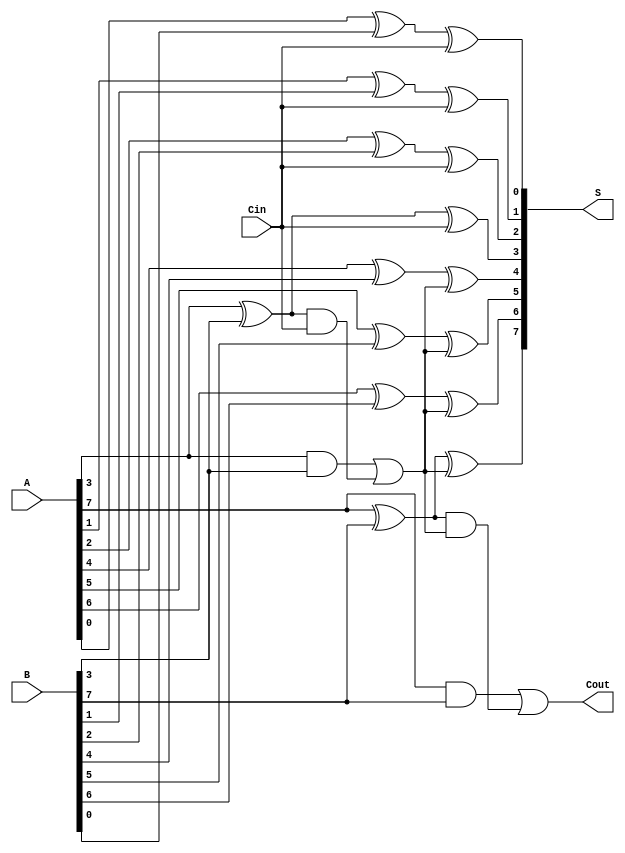
module Han_Carlson_Adder #(parameter N = 8) (
    input  [N-1:0] A,       // First n-bit input
    input  [N-1:0] B,       // Second n-bit input
    input         Cin,       // Carry input
    output [N-1:0] S,       // Sum output
    output        Cout       // Carry output
);

    // Intermediate signals for carry generation
    wire [N/4:0] G; // Generate signals
    wire [N/4:0] P; // Propagate signals
    wire [N/4:0] C; // Carry signals

    // Generate and propagate signals for groups of 4 bits
    genvar i;
    generate
        for (i = 0; i < N/4; i = i + 1) begin : group
            assign G[i] = A[i*4 + 3] & B[i*4 + 3];
            assign P[i] = A[i*4 + 3] ^ B[i*4 + 3];
        end
    endgenerate

    // Global carry logic
    assign C[0] = Cin; // Initial carry-in
    generate
        for (i = 0; i < N/4; i = i + 1) begin : carry
            assign C[i + 1] = G[i] | (P[i] & C[i]);
        end
    endgenerate

    // Sum calculation using generated carries
    generate
        for (i = 0; i < N; i = i + 1) begin : sum
            assign S[i] = A[i] ^ B[i] ^ C[i/4]; // Group carry
        end
    endgenerate

    // Final carry out signal
    assign Cout = C[N/4];

endmodule